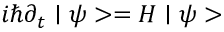
i \hbar \partial _ { t } \mid \psi > = H \mid \psi >